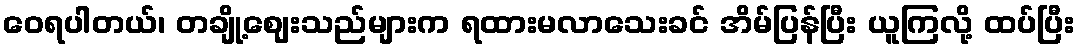
ဝေရပါတယ်၊ တချို့ဈေးသည်များက ရထားမလာသေးခင် အိမ်ပြန်ပြီး ယူကြလို့ ထပ်ပြီး